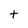
Character: t